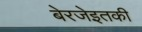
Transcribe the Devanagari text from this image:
बेरजेइतकी